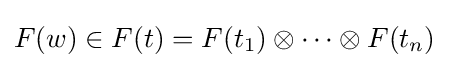
F(w)\in F(t)=F(t_{1})\otimes \dots \otimes F(t_{n})